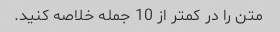
متن را در کمتر از 10 جمله خلاصه کنید.